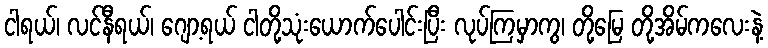
ငါရယ်၊ လင်နီရယ်၊ ဂျော့ရယ် ငါတို့သုံးယောက်ပေါင်းပြီး လုပ်ကြမှာကွ၊ တို့မြေ တို့အိမ်ကလေးနဲ့